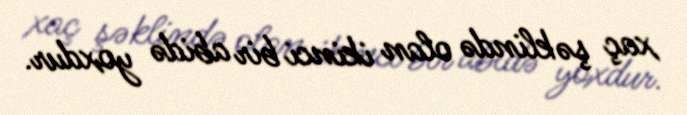
xaç şəklində olan ikinci bir abidə yoxdur.